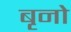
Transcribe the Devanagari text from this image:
बृनो